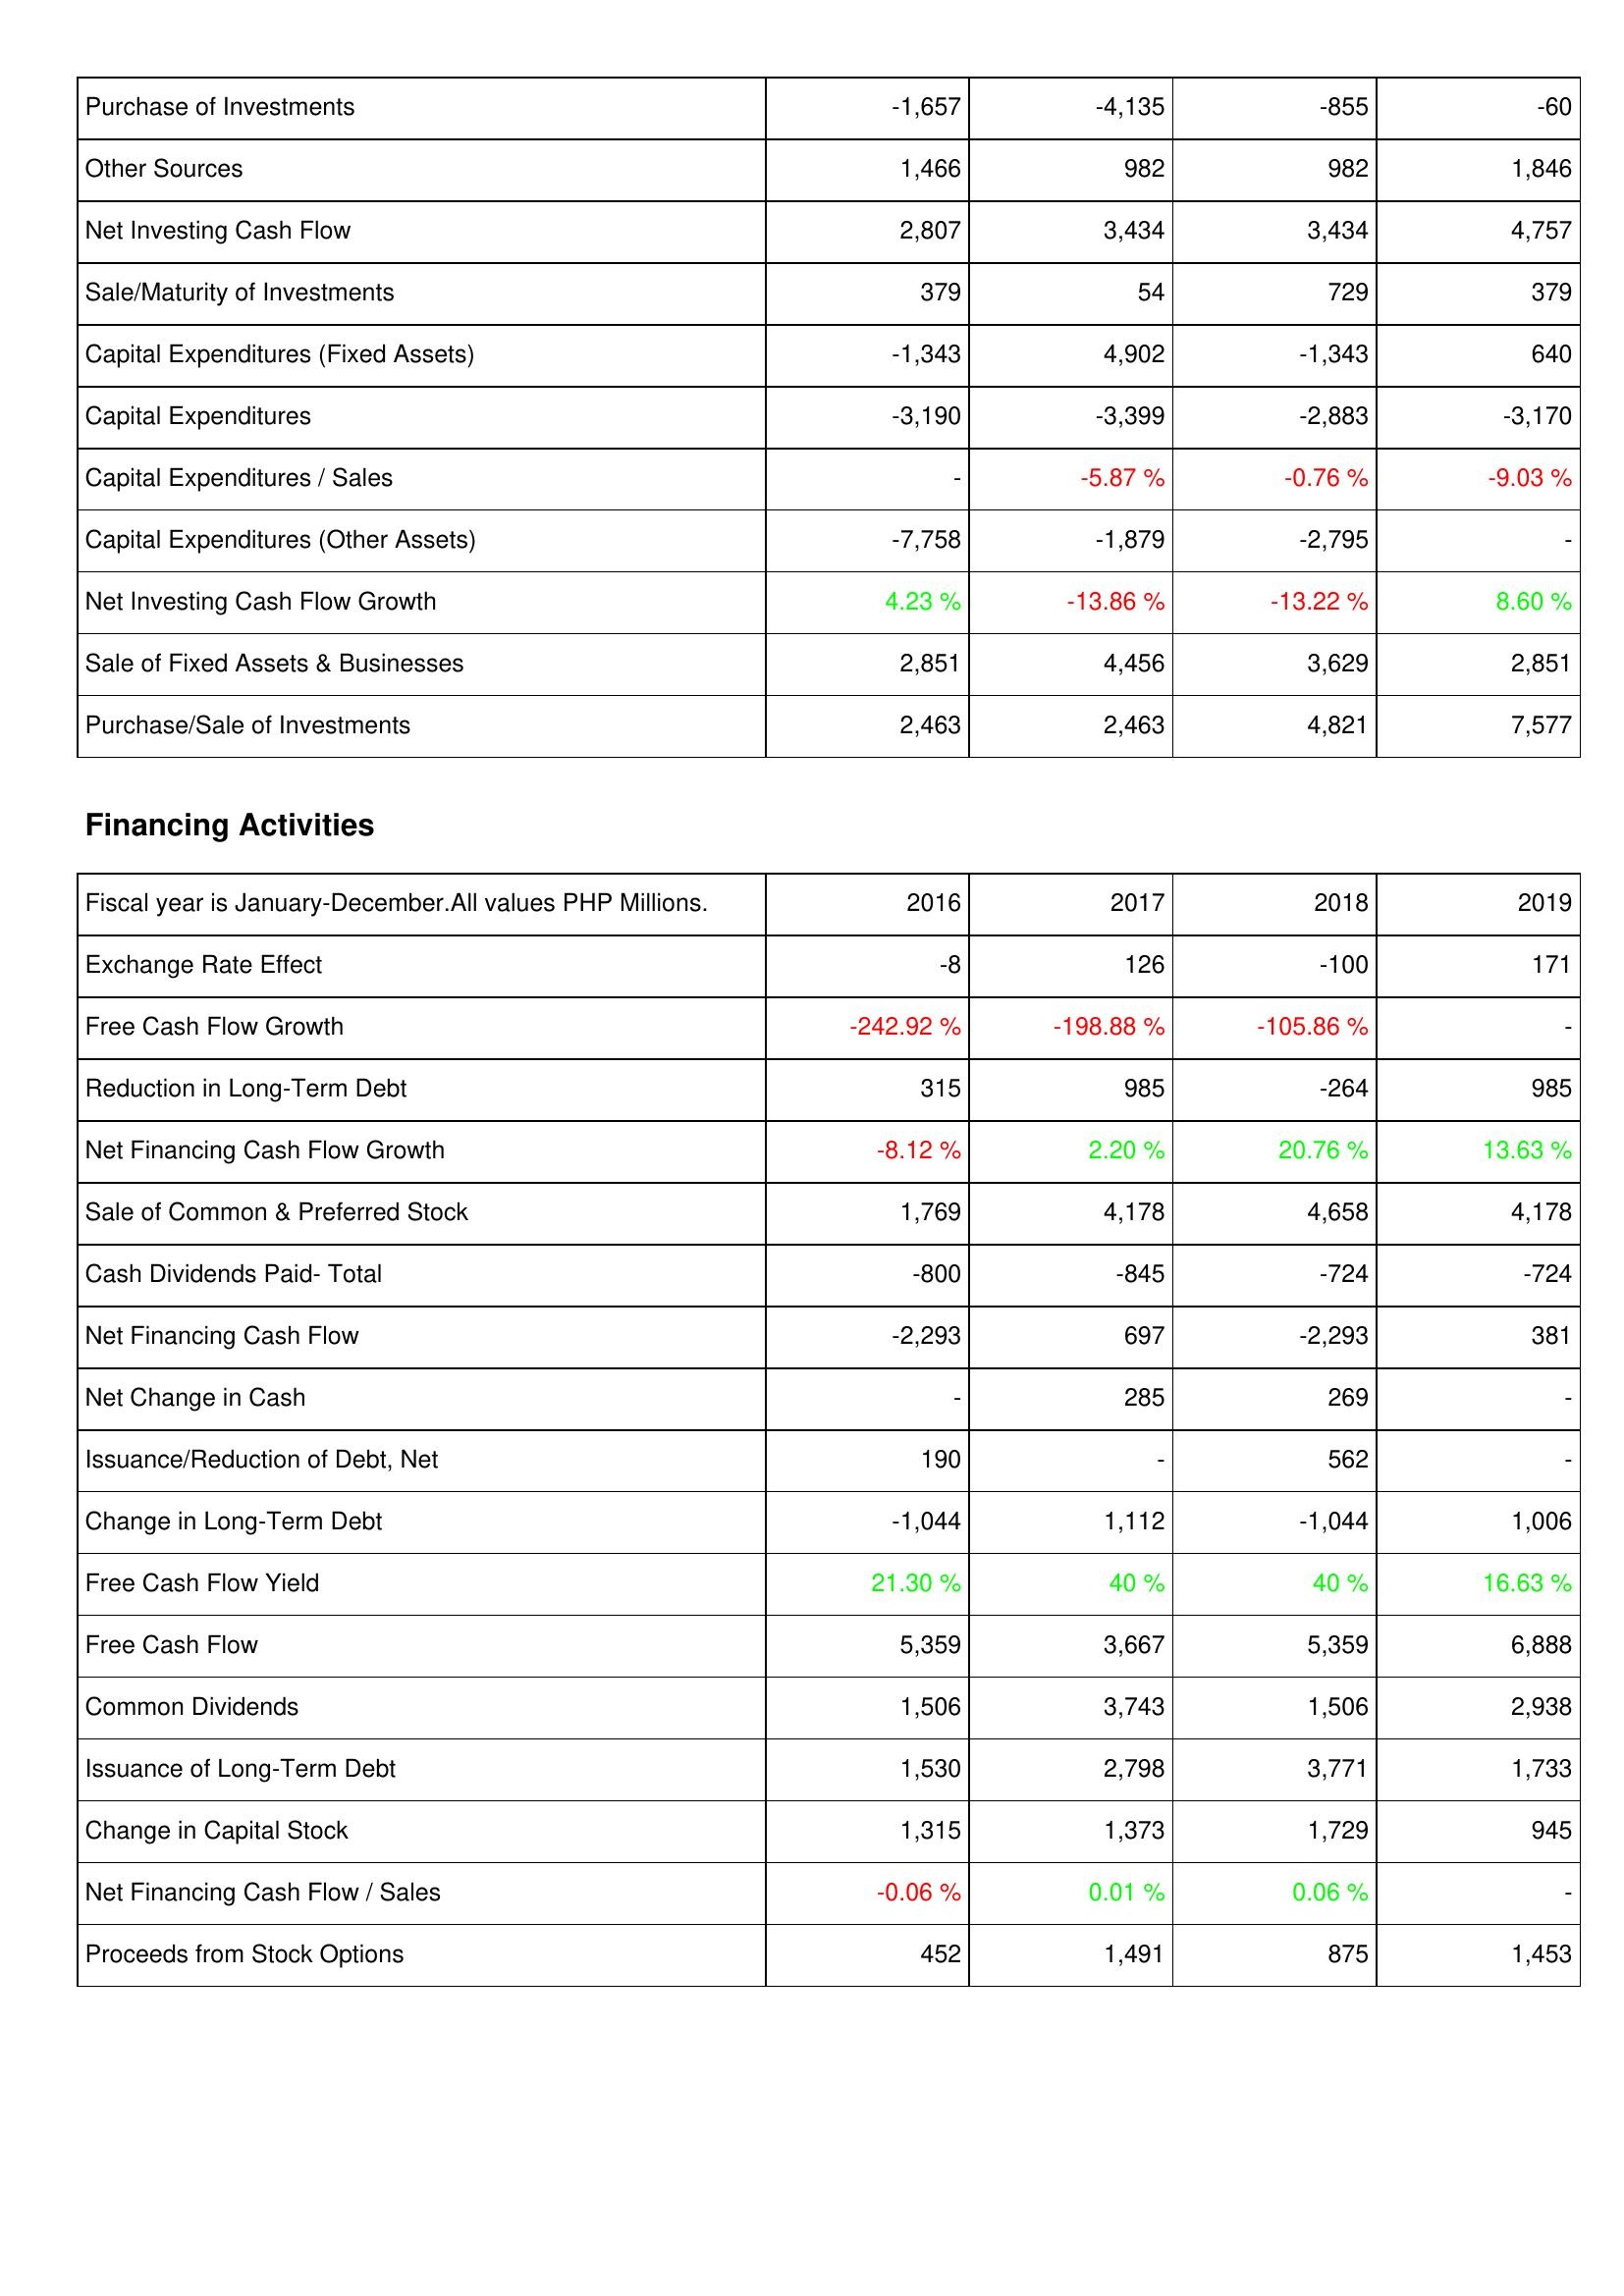
2016: Investing Activities: Purchase of Investments: -1,657
Other Sources: 1,466
Net Investing Cash Flow: 2,807
Sale/Maturity of Investments: 379
Capital Expenditures (Fixed Assets): -1,343
Capital Expenditures: -3,190
Capital Expenditures / Sales: -
Capital Expenditures (Other Assets): -7,758
Net Investing Cash Flow Growth: 4.23 %
Sale of Fixed Assets & Businesses: 2,851
Purchase/Sale of Investments: 2,463
Financing Activities: Exchange Rate Effect: -8
Free Cash Flow Growth: -242.92 %
Reduction in Long-Term Debt: 315
Net Financing Cash Flow Growth: -8.12 %
Sale of Common & Preferred Stock: 1,769
Cash Dividends Paid- Total: -800
Net Financing Cash Flow: -2,293
Net Change in Cash: -
Issuance/Reduction of Debt, Net: 190
Change in Long-Term Debt: -1,044
Free Cash Flow Yield: 21.30 %
Free Cash Flow: 5,359
Common Dividends: 1,506
Issuance of Long-Term Debt: 1,530
Change in Capital Stock: 1,315
Net Financing Cash Flow / Sales: -0.06 %
Proceeds from Stock Options: 452
2017: Investing Activities: Purchase of Investments: -4,135
Other Sources: 982
Net Investing Cash Flow: 3,434
Sale/Maturity of Investments: 54
Capital Expenditures (Fixed Assets): 4,902
Capital Expenditures: -3,399
Capital Expenditures / Sales: -5.87 %
Capital Expenditures (Other Assets): -1,879
Net Investing Cash Flow Growth: -13.86 %
Sale of Fixed Assets & Businesses: 4,456
Purchase/Sale of Investments: 2,463
Financing Activities: Exchange Rate Effect: 126
Free Cash Flow Growth: -198.88 %
Reduction in Long-Term Debt: 985
Net Financing Cash Flow Growth: 2.20 %
Sale of Common & Preferred Stock: 4,178
Cash Dividends Paid- Total: -845
Net Financing Cash Flow: 697
Net Change in Cash: 285
Issuance/Reduction of Debt, Net: -
Change in Long-Term Debt: 1,112
Free Cash Flow Yield: 40 %
Free Cash Flow: 3,667
Common Dividends: 3,743
Issuance of Long-Term Debt: 2,798
Change in Capital Stock: 1,373
Net Financing Cash Flow / Sales: 0.01 %
Proceeds from Stock Options: 1,491
2018: Investing Activities: Purchase of Investments: -855
Other Sources: 982
Net Investing Cash Flow: 3,434
Sale/Maturity of Investments: 729
Capital Expenditures (Fixed Assets): -1,343
Capital Expenditures: -2,883
Capital Expenditures / Sales: -0.76 %
Capital Expenditures (Other Assets): -2,795
Net Investing Cash Flow Growth: -13.22 %
Sale of Fixed Assets & Businesses: 3,629
Purchase/Sale of Investments: 4,821
Financing Activities: Exchange Rate Effect: -100
Free Cash Flow Growth: -105.86 %
Reduction in Long-Term Debt: -264
Net Financing Cash Flow Growth: 20.76 %
Sale of Common & Preferred Stock: 4,658
Cash Dividends Paid- Total: -724
Net Financing Cash Flow: -2,293
Net Change in Cash: 269
Issuance/Reduction of Debt, Net: 562
Change in Long-Term Debt: -1,044
Free Cash Flow Yield: 40 %
Free Cash Flow: 5,359
Common Dividends: 1,506
Issuance of Long-Term Debt: 3,771
Change in Capital Stock: 1,729
Net Financing Cash Flow / Sales: 0.06 %
Proceeds from Stock Options: 875
2019: Investing Activities: Purchase of Investments: -60
Other Sources: 1,846
Net Investing Cash Flow: 4,757
Sale/Maturity of Investments: 379
Capital Expenditures (Fixed Assets): 640
Capital Expenditures: -3,170
Capital Expenditures / Sales: -9.03 %
Capital Expenditures (Other Assets): -
Net Investing Cash Flow Growth: 8.60 %
Sale of Fixed Assets & Businesses: 2,851
Purchase/Sale of Investments: 7,577
Financing Activities: Exchange Rate Effect: 171
Free Cash Flow Growth: -
Reduction in Long-Term Debt: 985
Net Financing Cash Flow Growth: 13.63 %
Sale of Common & Preferred Stock: 4,178
Cash Dividends Paid- Total: -724
Net Financing Cash Flow: 381
Net Change in Cash: -
Issuance/Reduction of Debt, Net: -
Change in Long-Term Debt: 1,006
Free Cash Flow Yield: 16.63 %
Free Cash Flow: 6,888
Common Dividends: 2,938
Issuance of Long-Term Debt: 1,733
Change in Capital Stock: 945
Net Financing Cash Flow / Sales: -
Proceeds from Stock Options: 1,453